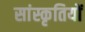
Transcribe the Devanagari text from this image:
सांस्कृतियों